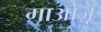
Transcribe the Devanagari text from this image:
गाओज़ू